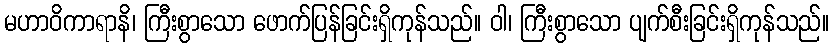
မဟာဝိကာရာနိ၊ ကြီးစွာသော ဖောက်ပြန်ခြင်းရှိကုန်သည်။ ဝါ၊ ကြီးစွာသော ပျက်စီးခြင်းရှိကုန်သည်။